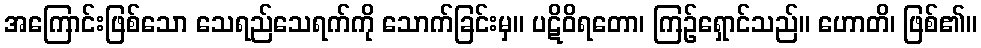
အကြောင်းဖြစ်သော သေရည်သေရက်ကို သောက်ခြင်းမှ။ ပဋိဝိရတော၊ ကြဉ်ရှောင်သည်။ ဟောတိ၊ ဖြစ်၏။